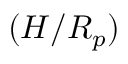
( H / R _ { p } )